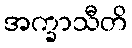
အက္ခာသီတိ